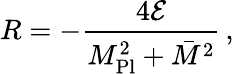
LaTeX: R=-\frac{4{\cal E}}{M_{\mathrm{Pl}}^{2}+\bar{M}^{2}}\, ,